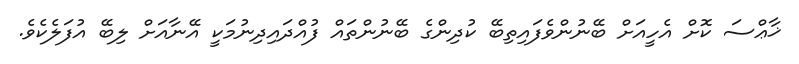
ޚާޢްސަ ކޮށް އެހީއަށް ބޭނުންވެފައިތިބޭ ކުދިންގެ ބޭނުންތައް ފުއްދައިދިނުމަކީ އޭނާއަށް ލިބޭ އުފަލެކެވެ.